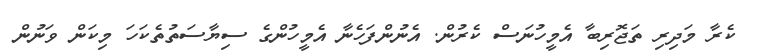
ކެރާ މަދިރި ތަޖޮރިބާ އެމީހުނަސް ކެރުން. އެނުންފަހެނާ އެމީހުންގެ ސިޔާސަތުތެކަހަ މިކަން ވަނުން